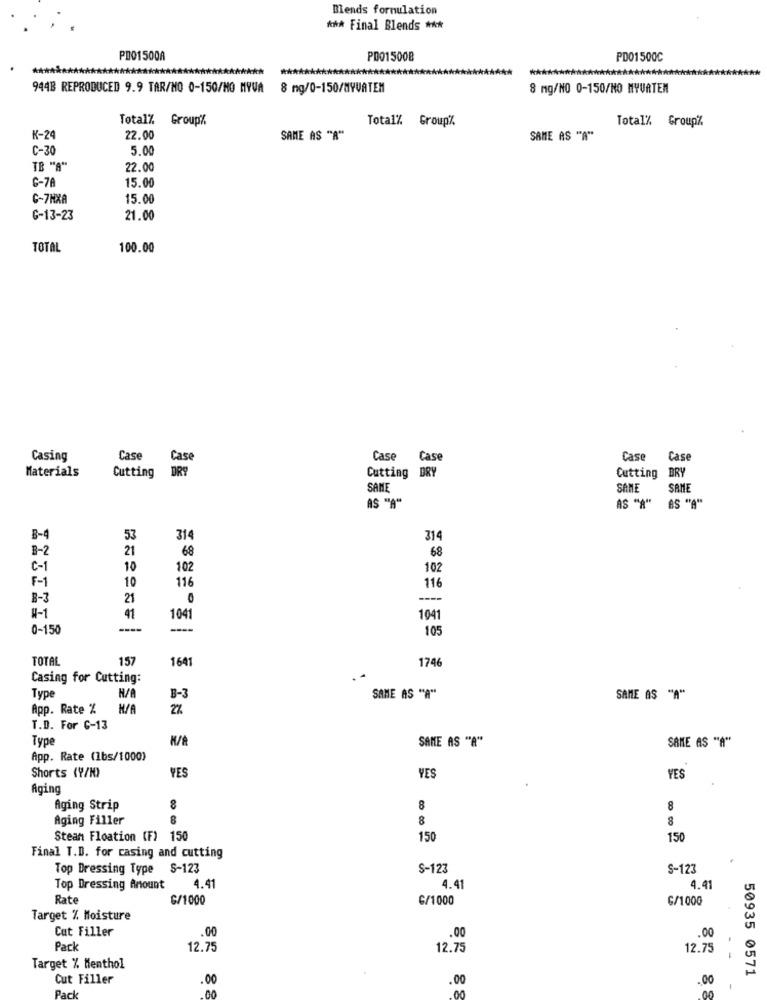
Blends formulation
*** Final Blends ***
PD01500A
PD015008
PD01500C
944B REPRODUCED 9.9 TAR/MO 0-150/NO MYVA
8 ng/0-150/MYVATEM
8 mg/NO 0-150/NO MYVATEN
Total% Group%
Total% Group%
Total% Group%
K-24
22.00
SAME AS "A"
SAME AS "A"
C-30
5.00
TB "A"
22.00
G-78
15.00
G-7HXA
15.00
G-13-23
21.00
TOTAL
100.00
Casing
Case
Case
Case Case
Case
Case
Materials
Cutting DRY
Cutting DRY
Cutting BRY
SAME
SAME
SAME
AS "A"
AS "A" AS "A"
B-4
53
314
314
B-2
21
68
68
C-1
10
102
102
F-1
116
10
116
8-3
21
0
----
41
4-1
1041
1041
0-150
----
---
105
TOTAL
157
1641
1746
Casing for Cutting:
Type
H/A
B-3
SAME AS "A"
SAME AS "A"
App. Rate %
2%
T.D. For C-13
Type
SAME AS "A"
SAME AS "A"
App. Rate (1bs/1000)
Shorts (9/1)
YES
YES
YES
Aging
Aging Strip
8
8
Aging Filler
8
8
Steam Floation (F) 150
150
150
Final T.D. for casing and cutting
Top Dressing Type S-123
S-123
S-123
Top Dressing Amount
4.41
4.41
4.41
Rate
G/1000
G/1000
G/1000
Target % Moisture
Cut Filler
.00
.00
.00
Pack
12.75
12.75
12.75
Target % Menthol
50935 0571
Cut Filler
.00
.00
.00